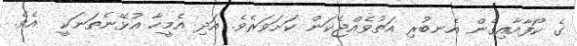
ގެ ކޯފާއާއިގެން އެނބުރި އަތުވެއްޖެކަން ކަށަވަރެވެ. އަދި އެމީހާ އުޅޭނެތަނަކީ  އެވެ.